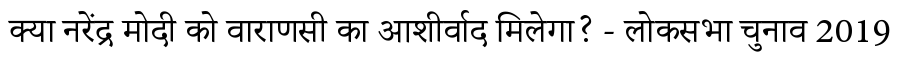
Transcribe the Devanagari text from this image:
क्या नरेंद्र मोदी को वाराणसी का आशीर्वाद मिलेगा? - लोकसभा चुनाव 2019